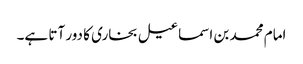
امام محمد بن اسماعیل بخاری کا دور آتا ہے۔